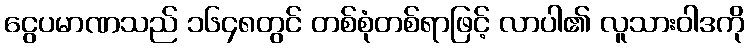
ငွေပမာဏသည် ၁၆၄၈တွင် တစ်စုံတစ်ရာဖြင့် လာပါ၏ လူသားဝါဒကို